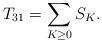
LaTeX: \begin{align*}T_{31} = \sum_{K\ge 0} S_K.\end{align*}